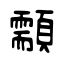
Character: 顬